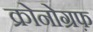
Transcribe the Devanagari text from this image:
क्रोनोग्रफ़